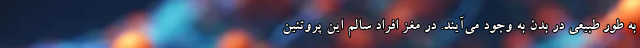
به‌ طور طبیعی در بدن به‌ وجود می‌آیند. در مغز افراد سالم این پروتئین